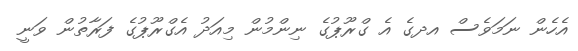
އެހެން ނަމަވެސް އދގެ އެ ގްރޫޕުގެ ނިންމުން މިއަދު އެގްރޫޕުގެެ ފަރާތުން ވަނީ